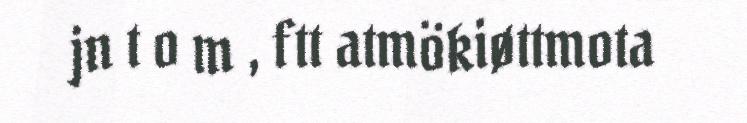
jn t o m , ftt atmökiøttmota